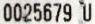
0025679 U